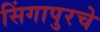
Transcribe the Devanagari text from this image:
सिंगापुरचे